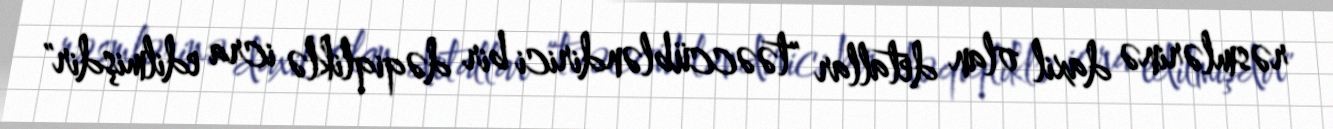
rəsmlərinə daxil olan detallar "təəccübləndirici bir dəqiqliklə icra edilmişdir"